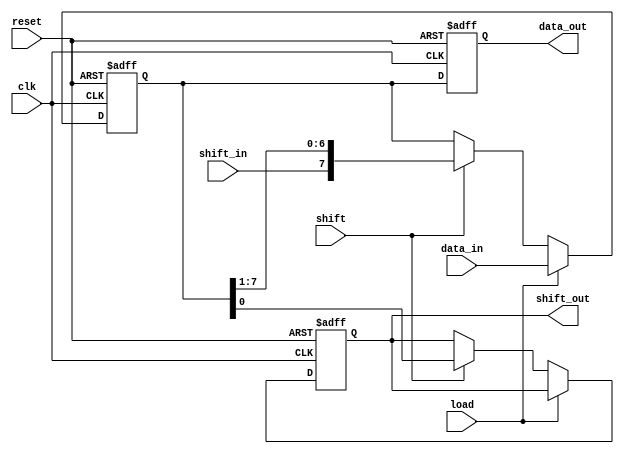
module parameterized_shift_register #(
    parameter WIDTH = 8,           // Default width of the shift register
    parameter MODE = 0             // 0: SIPO, 1: PISO, 2: Simple Shift
)(
    input wire clk,                // Clock signal
    input wire reset,              // Asynchronous reset
    input wire [WIDTH-1:0] data_in,// Data input for parallel loading (PISO)
    input wire shift_in,           // Serial input for shifting (SIPO)
    input wire load,               // Control signal for parallel load
    input wire shift,              // Control signal for shifting
    output reg [WIDTH-1:0] data_out, // Output for parallel reading (SIPO)
    output reg shift_out           // Serial output for shifting (SIPO)
);

    reg [WIDTH-1:0] shift_reg;     // Internal shift register

    // Asynchronous reset and operational behavior
    always @(posedge clk or posedge reset) begin
        if (reset) begin
            shift_reg <= {WIDTH{1'b0}}; // Reset all bits to 0
            data_out <= {WIDTH{1'b0}};  // Reset output to 0
            shift_out <= 1'b0;           // Reset shift output to 0
        end else begin
            if (load) begin
                // Load data in PISO mode
                shift_reg <= data_in;
            end else if (shift) begin
                // Shift operation
                if (MODE == 0) begin
                    // SIPO mode: Shift right and serial out
                    shift_out <= shift_reg[0]; // Output the LSB
                    shift_reg <= {shift_in, shift_reg[WIDTH-1:1]}; // Shift with new input
                end else if (MODE == 1) begin
                    // PISO mode: Shift left
                    shift_reg <= {shift_reg[WIDTH-2:0], 1'b0}; // Shift left, LSB becomes 0
                end else if (MODE == 2) begin
                    // Simple shift: Shift right
                    shift_out <= shift_reg[0]; // Output the LSB
                    shift_reg <= {1'b0, shift_reg[WIDTH-1:1]}; // Shift right
                end
            end
            
            if (MODE == 0) begin
                // SIPO mode: Output the entire register in parallel
                data_out <= shift_reg;
            end
        end
    end

endmodule